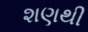
શણથી